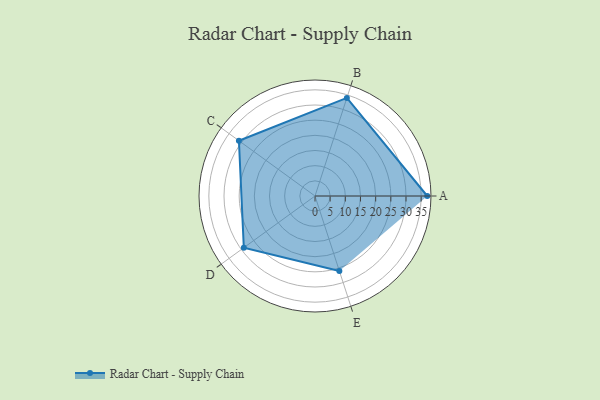
{"axis": {"x": "Skill", "y": "Score"}, "legend": ["Profile"], "data": [{"x": "A", "y": 37.0, "type": "Profile"}, {"x": "B", "y": 34.0, "type": "Profile"}, {"x": "C", "y": 31.0, "type": "Profile"}, {"x": "D", "y": 29.0, "type": "Profile"}, {"x": "E", "y": 26.0, "type": "Profile"}]}